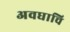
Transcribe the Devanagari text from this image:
अवघाचि